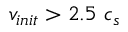
v _ { i n i t } > 2 . 5 ~ c _ { s }